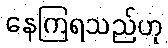
နေကြရသည်ဟု